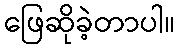
ဖြေဆိုခဲ့တာပါ။